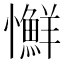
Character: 𢥌